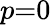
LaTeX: p{=}0